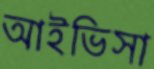
আইভিসা